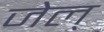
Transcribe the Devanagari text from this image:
जेल्